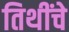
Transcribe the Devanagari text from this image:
तिथींचे